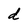
Character: d